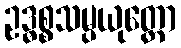
ဥဒ္ဓစ္စသမ္ပယုတ္တော